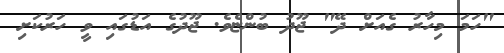
"ހަމަ މިހާރު ގެއަށް ދޭ" ޖޫދު ބުންޏެވެ. ޖޫދުގެ އަޑުގައި ވީ ހަރުކަށި